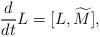
LaTeX: \begin{align*} {d\over dt}{L}=[L,\widetilde{M}],\end{align*}